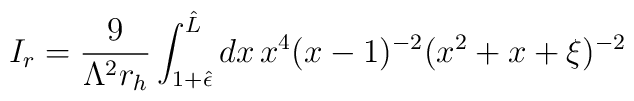
I_{r}=\frac {9}{\Lambda ^{2}r_{h}} \int _{1+{\hat {\epsilon }}}^{{\hat {L}}}dx \, x^{4}(x-1)^{-2} (x^{2}+x+\xi )^{-2}